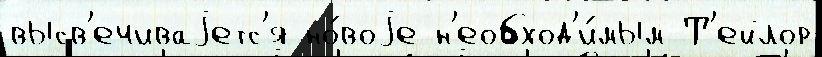
высв'ечиваjетс'я но́воjе н'еобход'и́мым Т'ейлор